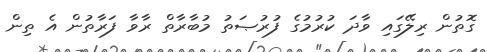
ގޮތުން ރިލޭގައި ވާދަ ކުރުމުގެ ފުރުޞަތު މުބާރާތް ރާވާ ފަރާތުން އެ ތިން